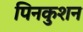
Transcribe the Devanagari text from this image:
पिनकुशन